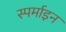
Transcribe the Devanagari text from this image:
स्पर्माइन